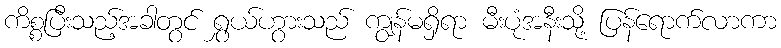
ကိစ္စပြီးသည့်အခါတွင် ရွှယ်ဟွားသည် ကျွန်မရှိရာ မီးပုံအနီးသို့ ပြန်ရောက်လာကာ